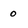
Character: 0